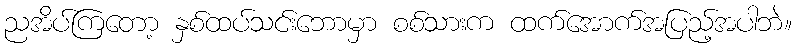
ညအိပ်ကြတော့ နှစ်ထပ်သင်းဘောမှာ စစ်သားက ထက်အောက်အပြည့်အပါဘဲ။